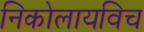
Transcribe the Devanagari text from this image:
निकोलायविच